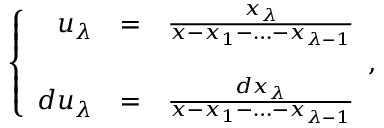
\left\{ \begin{array} { r c l } { { u _ { \lambda } } } & { { = } } & { { \frac { x _ { \lambda } } { x - x _ { 1 } - \ldots - x _ { \lambda - 1 } } } } \\ { { } } & { { } } & { { } } \\ { { d u _ { \lambda } } } & { { = } } & { { \frac { d x _ { \lambda } } { x - x _ { 1 } - \ldots - x _ { \lambda - 1 } } } } \end{array} , \right.